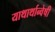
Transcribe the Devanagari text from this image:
याथार्थान्वेषी